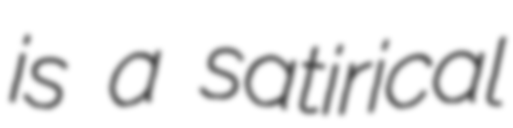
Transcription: is a satirical